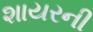
શાયરની